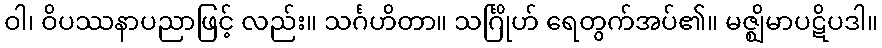
ဝါ၊ ဝိပဿနာပညာဖြင့် လည်း။ သင်္ဂဟိတာ။ သင်္ဂြိုဟ် ရေတွက်အပ်၏။ မဇ္ဈိမာပဋိပဒါ။